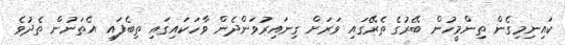
ކައިނިމިގެން ތިންމީހުން ބޭރުގެ ތެރޭގައި ވަރަށް ގިނައިރުވަންދެން ވާހަކައިގައި ތިބެފައި އެތަނުން ތެދުވެ